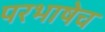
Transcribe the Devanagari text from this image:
परभाषेच